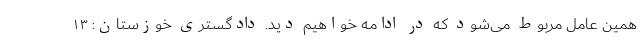
همین عامل مربوط می‌شود که در ادامه خواهیم دید. دادگستری خوزستان: ۱۳